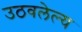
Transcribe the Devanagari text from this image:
उठवलेल्य